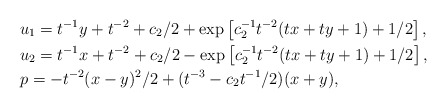
\begin{align*}& u_{1}=t^{-1}y+t^{-2}+c_{2}/2+\exp\left[ c_{2}^{-1}t^{-2}(tx+ty+1)+1/2\right] ,\\& u_{2}=t^{-1}x+t^{-2}+c_{2}/2-\exp\left[ c_{2}^{-1}t^{-2}(tx+ty+1)+1/2\right] ,\\& p=-t^{-2}(x-y)^{2}/2+(t^{-3}-c_{2}t^{-1}/2)(x+y),\end{align*}